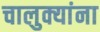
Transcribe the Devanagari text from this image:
चालुक्यांना